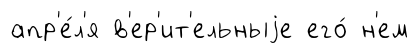
апр'е́л'я в'ер'ит'ельныjе его́ н'ем